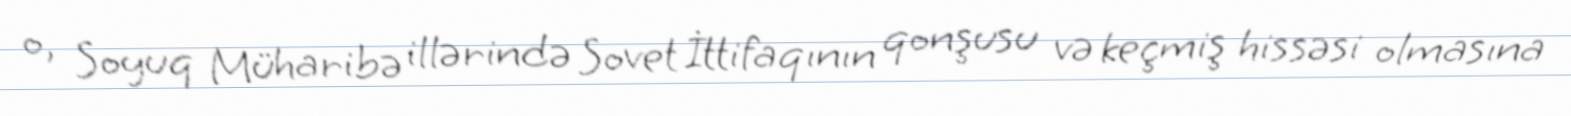
o, Soyuq Müharibə illərində Sovet İttifaqının qonşusu və keçmiş hissəsi olmasına